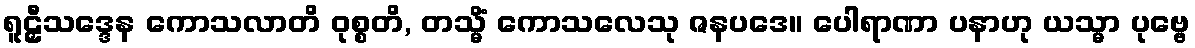
ရူဠှီသဒ္ဒေန ကောသလာတိ ဝုစ္စတိ, တသ္မိံ ကောသလေသု ဇနပဒေ။ ပေါရာဏာ ပနာဟု ယသ္မာ ပုဗ္ဗေ